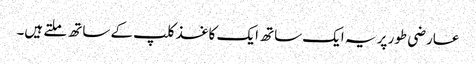
عارضی طور پر یہ ایک ساتھ ایک کاغذ کلپ کے ساتھ ملتے ہیں۔